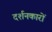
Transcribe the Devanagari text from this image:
दर्शनकारों